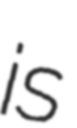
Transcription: is